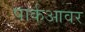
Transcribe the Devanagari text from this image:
पार्कआवर